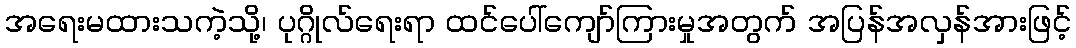
အရေးမထားသကဲ့သို့၊ ပုဂ္ဂိုလ်ရေးရာ ထင်ပေါ်ကျော်ကြားမှုအတွက် အပြန်အလှန်အားဖြင့်